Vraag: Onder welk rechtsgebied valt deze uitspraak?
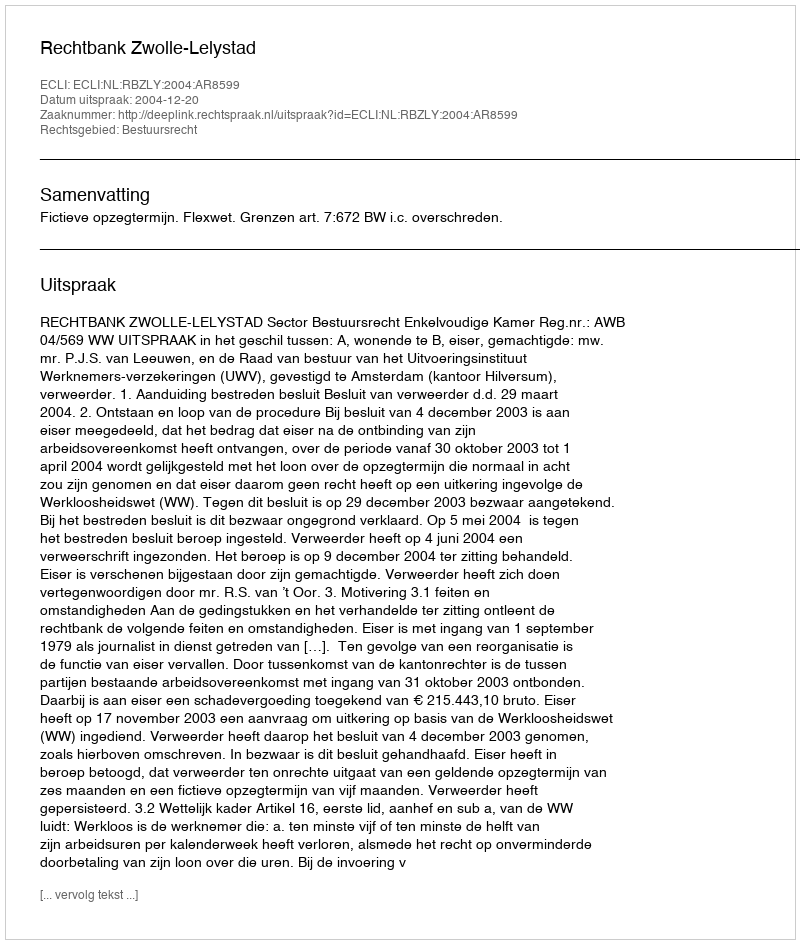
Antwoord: Bestuursrecht